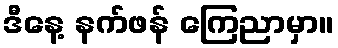
ဒီနေ့ နက်ဖန် ကြေညာမှာ။